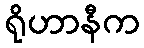
ရိုဟာနီက